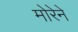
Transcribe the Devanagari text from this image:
मोरेने